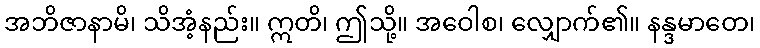
အဘိဇာနာမိ၊ သိအံ့နည်း။ ဣတိ၊ ဤသို့။ အဝေါစ၊ လျှောက်၏။ နန္ဒမာတေ၊